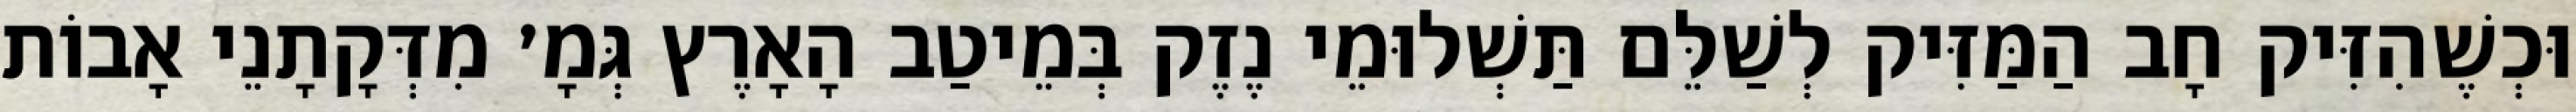
וּכְשֶׁהִזִּיק חָב הַמַּזִּיק לְשַׁלֵּם תַּשְׁלוּמֵי נֶזֶק בְּמֵיטַב הָאָרֶץ גְּמָ׳ מִדְּקָתָנֵי אָבוֹת